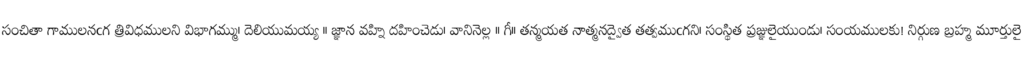
సంచితా గాములనఁగ త్రివిధములని విభాగమ్ము। దెలియుమయ్య ॥ జ్ఞాన వహ్ని దహించెడు। వానినెల్ల ॥ గీ॥ తన్మయత నాత్మనద్వైత తత్వముఁగని। సంస్థిత ప్రజ్ఞులైయుండు। సంయములకు! నిర్గుణ బ్రహ్మ మూర్తులై